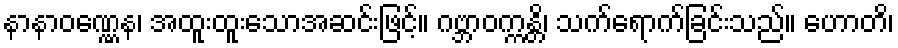
နာနာဝဏ္ဏေန၊ အထူးထူးသောအဆင်းဖြင့်။ ဂဗ္ဘာဝက္ကန္တိ၊ သက်ရောက်ခြင်းသည်။ ဟောတိ၊